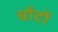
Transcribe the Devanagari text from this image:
चोंटों